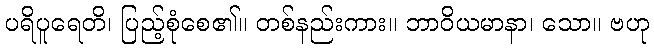
ပရိပူရေတိ၊ ပြည့်စုံစေ၏။ တစ်နည်းကား။ ဘာဝိယမာနာ၊ သော။ ဗဟု